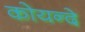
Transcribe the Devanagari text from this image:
कोयन्दे